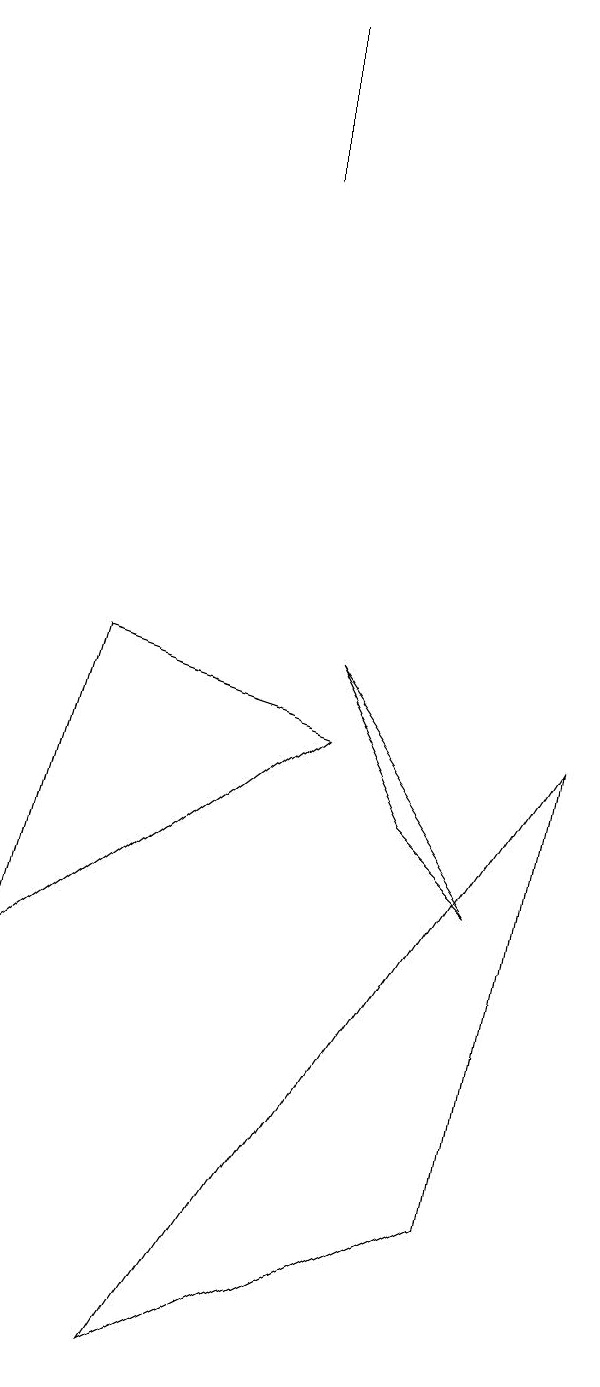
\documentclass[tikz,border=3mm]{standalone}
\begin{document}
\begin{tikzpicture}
\draw (6,7) -- (5,9) -- (7,6) -- cycle;
\draw (2,9) -- (5,8) -- (1,5) -- cycle;
\draw (4,17) rectangle (4,15);
\draw (3,0) -- (8,8) -- (7,2) -- cycle;
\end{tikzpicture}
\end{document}